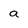
Character: a